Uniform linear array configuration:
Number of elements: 48
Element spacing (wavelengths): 1
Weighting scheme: kaiser
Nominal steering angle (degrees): -45
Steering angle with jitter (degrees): -46.142
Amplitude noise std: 0.05
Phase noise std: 0.05

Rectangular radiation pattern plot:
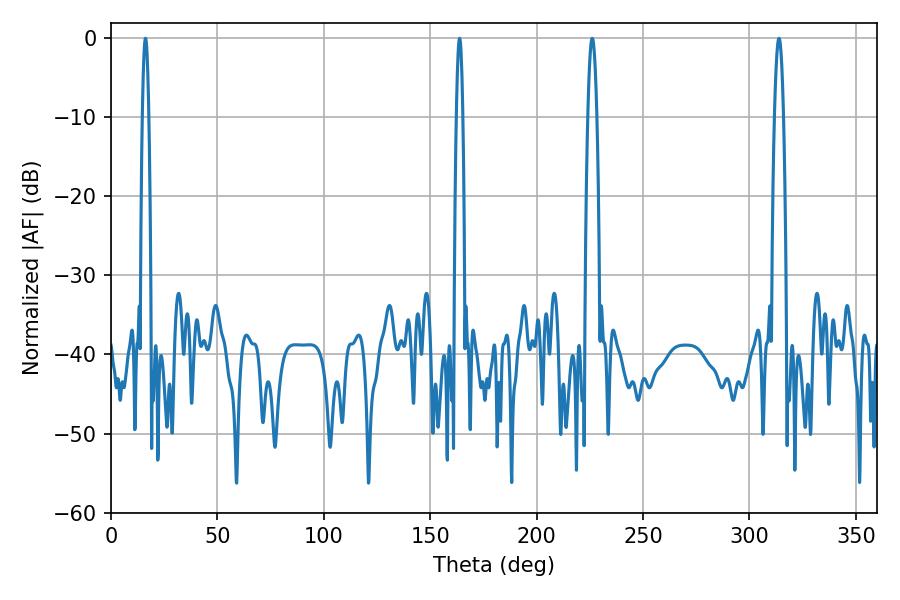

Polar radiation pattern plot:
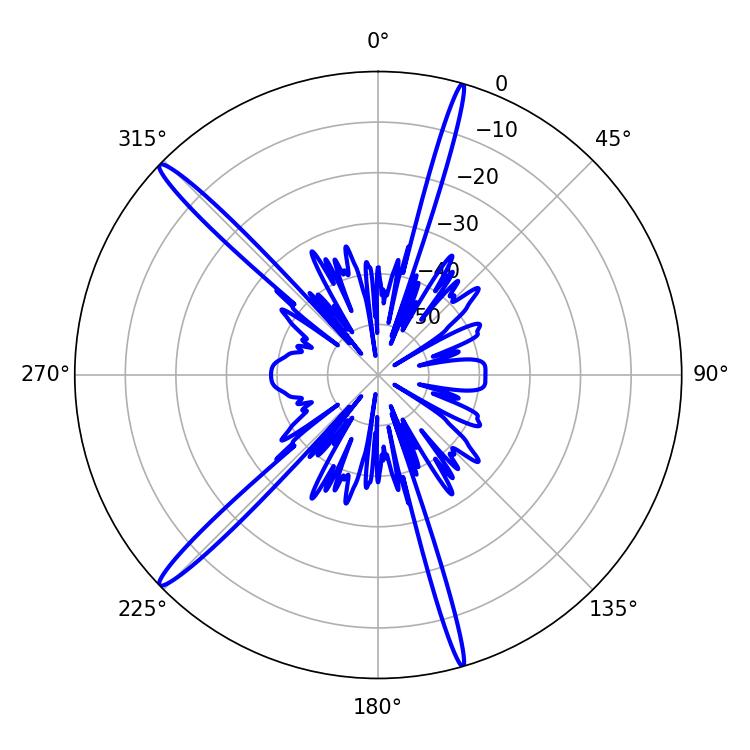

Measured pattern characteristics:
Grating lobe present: TRUE
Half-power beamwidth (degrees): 1.44
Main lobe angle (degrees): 16.2